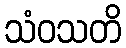
သံဝသတိ